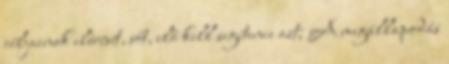
céljainak elérését, sőt, elő kell segítenie azt; A megállapodás